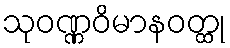
သုဝဏ္ဏဝိမာနဝတ္ထု